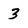
Character: 3